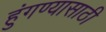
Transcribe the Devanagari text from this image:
हुंगण्यासाठी